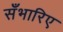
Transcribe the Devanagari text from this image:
सँभारिए